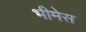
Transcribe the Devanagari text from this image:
भीमेस